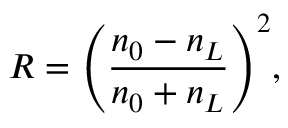
R = \Biggl ( \frac { n _ { 0 } - n _ { L } } { n _ { 0 } + n _ { L } } \Biggr ) ^ { 2 } ,